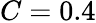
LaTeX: C=0.4